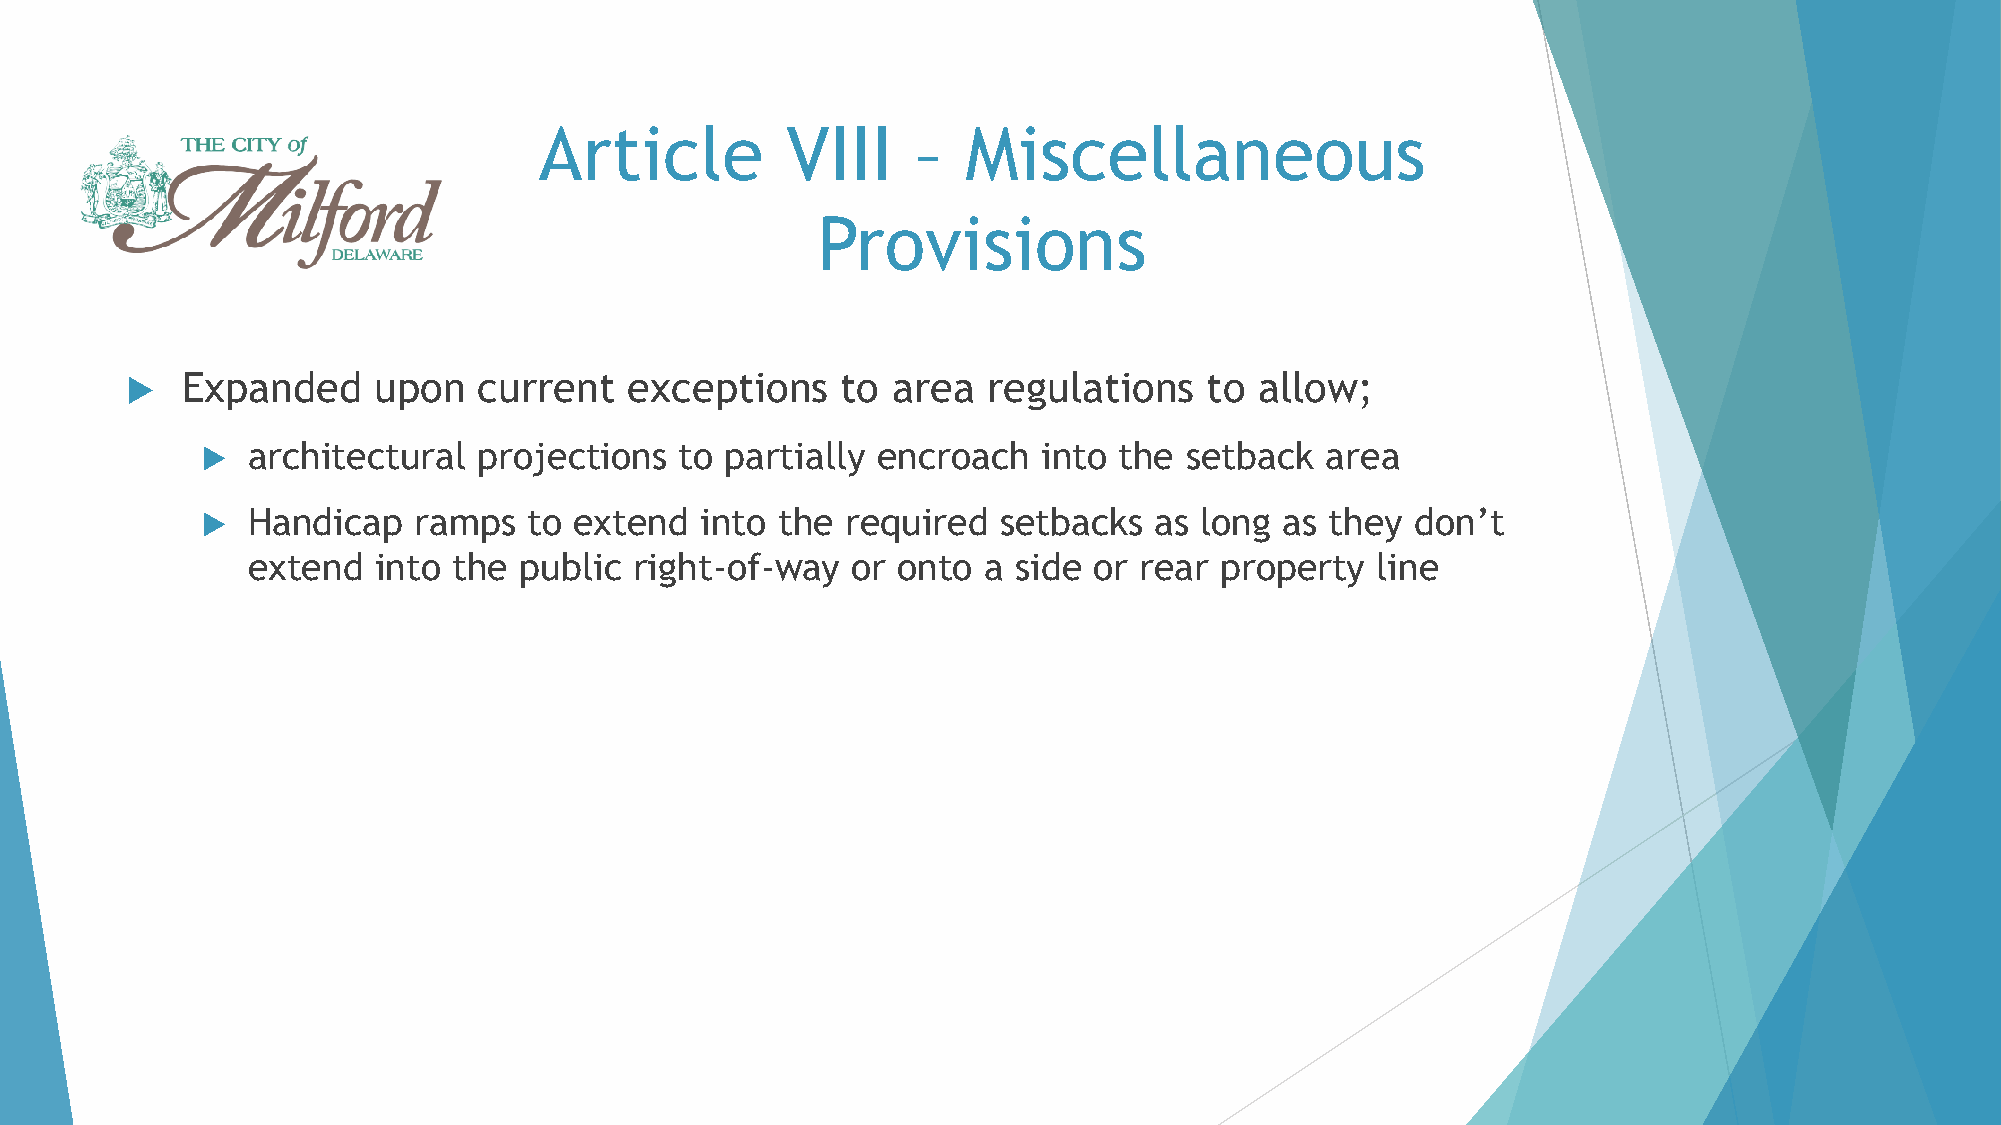
Article         VIII     –  Miscellaneous
 Provisions
    Expanded     upon   current   exceptions    to area  regulations    to allow;
   architectural   projections  to partially encroach   into the  setback  area
   Handicap   ramps   to extend  into  the required  setbacks  as  long as they  don’t
 extend   into the public  right-of-way  or onto  a side or rear  property  line